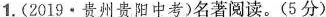
1.(2019·贵州贵阳中考)名著阅读。(5分)